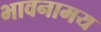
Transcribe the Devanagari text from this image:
भावनामय